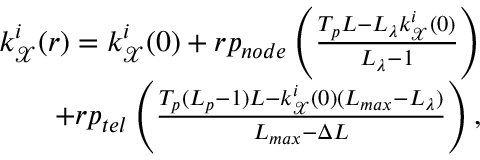
\begin{array} { r } { k _ { \mathcal { X } } ^ { i } ( r ) = k _ { \mathcal { X } } ^ { i } ( 0 ) + r p _ { n o d e } \left( \frac { T _ { p } L - L _ { \lambda } k _ { \mathcal { X } } ^ { i } ( 0 ) } { L _ { \lambda } - 1 } \right) } \\ { + r p _ { t e l } \left( \frac { T _ { p } ( L _ { p } - 1 ) L - k _ { \mathcal { X } } ^ { i } ( 0 ) ( L _ { m a x } - L _ { \lambda } ) } { L _ { m a x } - \Delta L } \right) , } \end{array}